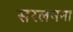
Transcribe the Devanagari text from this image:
सरलमना